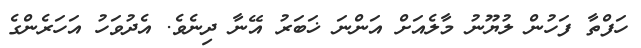
ހަފްތާ ފަހުން ލުޔޫނު މާލެއަށް އަންނަ ޚަބަރު އޭނާ ދިނެވެ. އެދުވަހު އަހަރެންގެ